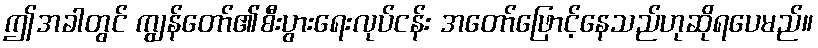
ဤအခါတွင် ကျွန်တော်၏စီးပွားရေးလုပ်ငန်း အတော်ဖြောင့်နေသည်ဟုဆိုရပေမည်။